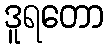
ဒူရတော